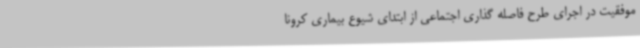
موفقیت در اجرای طرح فاصله گذاری اجتماعی از ابتدای شیوع بیماری کرونا